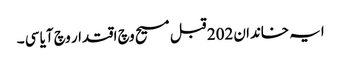
ایہ خاندان 202 قبل مسیح وچ اقتدار وچ آیا سی ۔